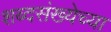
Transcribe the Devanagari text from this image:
शब्दसंख्येच्या